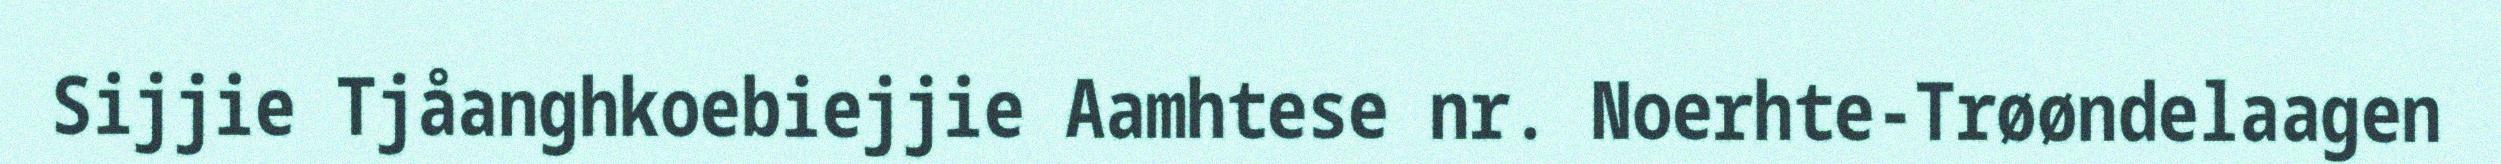
Sijjie Tjåanghkoebiejjie Aamhtese nr. Noerhte-Trøøndelaagen